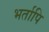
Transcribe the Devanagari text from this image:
भर्तापि